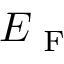
E _ { \mathrm { ~ F ~ } }